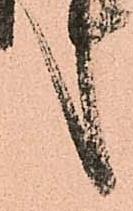
言